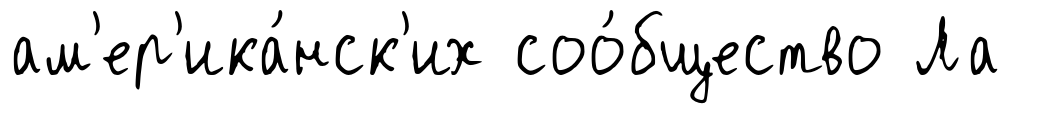
ам'ер'ика́нск'их соо́бщество Ла